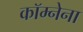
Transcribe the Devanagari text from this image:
कॉम्नेना